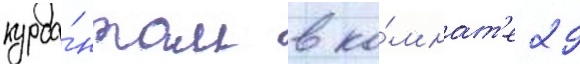
курса́нтам в ко́мнат'е 29